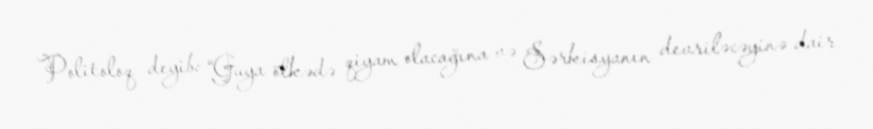
Politoloq deyib: “Guya ölkədə qiyam olacağına və Sərkisyanın devriləcəyinə dair